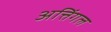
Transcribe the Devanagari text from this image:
अत्तिंगल